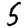
Digit: 5